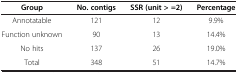
<table><thead><tr><td><b>Group</b></td><td><b>No. contigs</b></td><td><b>SSR (unit &gt; =2)</b></td><td><b>Percentage</b></td></tr></thead><tbody><tr><td>Annotatable</td><td>121</td><td>12</td><td>9.9%</td></tr><tr><td>Function unknown</td><td>90</td><td>13</td><td>14.4%</td></tr><tr><td>No hits</td><td>137</td><td>26</td><td>19.0%</td></tr><tr><td>Total</td><td>348</td><td>51</td><td>14.7%</td></tr></tbody></table>